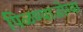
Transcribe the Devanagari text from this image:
पिळण्याजोग्या